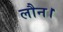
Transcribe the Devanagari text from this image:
लौन।